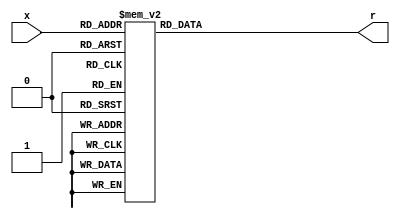
`timescale 1ns / 1ps
//////////////////////////////////////////////////////////////////////////////////
// Company: 
// Engineer: 
// 
// Design Name: 
// Module Name: hexto7segment
// Project Name: 
// Target Devices: 
// Tool Versions: 
// Description: 
// 
// Dependencies: 
// 
// Revision:
// Revision 0.01 - File Created
// Additional Comments:
// 
//////////////////////////////////////////////////////////////////////////////////


module hexto7segment(
    input [3:0] x,
    output reg [6:0] r
    );
    
    always@(*)
        case(x)
            4'b0000 : r = 7'b0000001;
            4'b0001 : r = 7'b1001111;
            4'b0010 : r = 7'b0010010;
            4'b0011 : r = 7'b0000110;
            4'b0100 : r = 7'b1001100;
            4'b0101 : r = 7'b0100100;
            4'b0110 : r = 7'b0100000;
            4'b0111 : r = 7'b0001111;
            4'b1000 : r = 7'b0000000;
            4'b1001 : r = 7'b0000100;
            4'b1010 : r = 7'b0001000;
            4'b1011 : r = 7'b1100000;
            4'b1100 : r = 7'b0110001;
            4'b1101 : r = 7'b1000010;
            4'b1110 : r = 7'b0110000;
            4'b1111 : r = 7'b0111000;
       endcase
endmodule